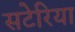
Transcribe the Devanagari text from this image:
सटेरिया